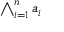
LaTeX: \textstyle \bigwedge _ { i = 1 } ^ { n } a _ { i }